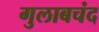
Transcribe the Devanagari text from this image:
गुलाबचंद